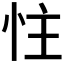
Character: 𪫬